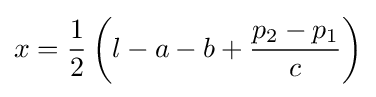
x={\frac {1}{2}}\left(l-a-b+{\frac {p_{2}-p_{1}}{c}}\right)